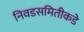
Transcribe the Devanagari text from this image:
निवडसमितीकडे